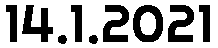
14.1.2021